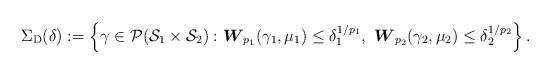
LaTeX: \begin{align*}\Sigma_{\mathrm{D} }(\delta) := \left\{ \gamma \in \mathcal{P}(\mathcal{S}_1 \times \mathcal{S}_2): \boldsymbol{W}_{p_1}(\gamma_1, \mu_1) \leq \delta_1^{1/p_1}, \ \boldsymbol{W}_{p_2}(\gamma_2, \mu_2) \leq \delta_2^{1/p_2} \right\}.\end{align*}